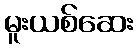
မူးယစ်ဆေး